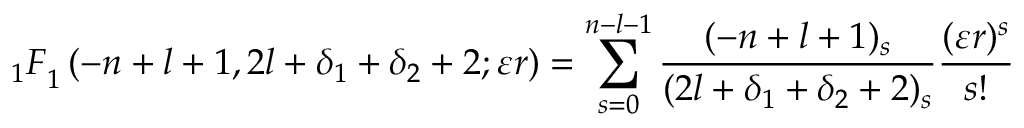
{ _ 1 F } _ { 1 } \left( - n + l + 1 , 2 l + \delta _ { 1 } + \delta _ { 2 } + 2 ; \varepsilon r \right) = \sum _ { s = 0 } ^ { n - l - 1 } \frac { ( - n + l + 1 ) _ { s } } { ( 2 l + \delta _ { 1 } + \delta _ { 2 } + 2 ) _ { s } } \frac { ( \varepsilon r ) ^ { s } } { s ! }